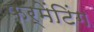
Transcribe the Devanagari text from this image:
फर्मेंटिंग